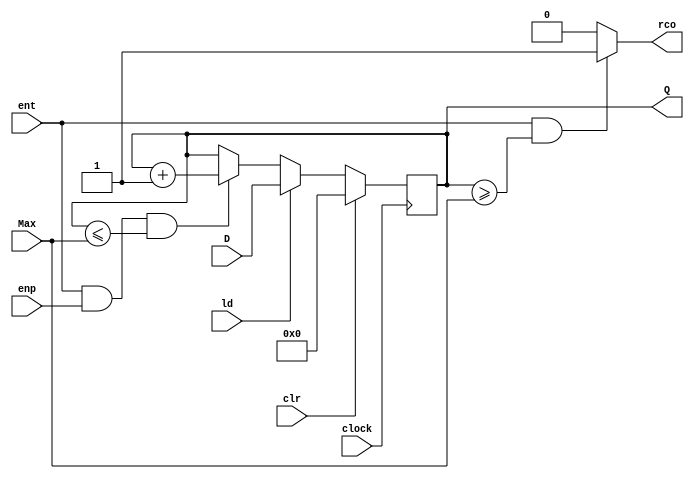
/*
    Modulo do contador_163 disponibilizado pelos professores que foi adaptado pelo grupo,
    esse contador tem seu valor mximo varivel, sendo este a entrada Max. Esse contador  utilizado para a
    seleo de dificuldade 

*/

module contador_163 #(parameter N = 16) ( 
                        input clock, 
                        input clr, 
                        input ld, 
                        input ent, 
                        input enp, 
                        input [N-1:0] D,
                        input [N-1:0] Max,
                        output reg [N-1:0] Q, 
                        output reg rco
                    );

    initial begin
        Q = 0;
    end
        
    always @ (posedge clock)
        if (clr)               Q <= 0;
        else if (ld)           Q <= D;
        else if (ent && enp && Q <= Max)   Q <= Q + 1;
        else                   Q <= Q;

    always @ (Q or ent)
        if (ent && (Q >= Max))     rco = 1;
        else                       rco = 0;
endmodule